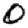
Digit: 0